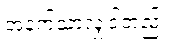
အနက်သာလျှင်တည်း။